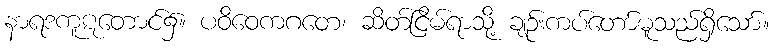
နာရဒကူဋတောင်၌။ ပဝိဝေကဂတေ၊ ဆိတ်ငြိမ်ရာသို့ ချဉ်းကပ်တော်မူသည်ရှိသော်။